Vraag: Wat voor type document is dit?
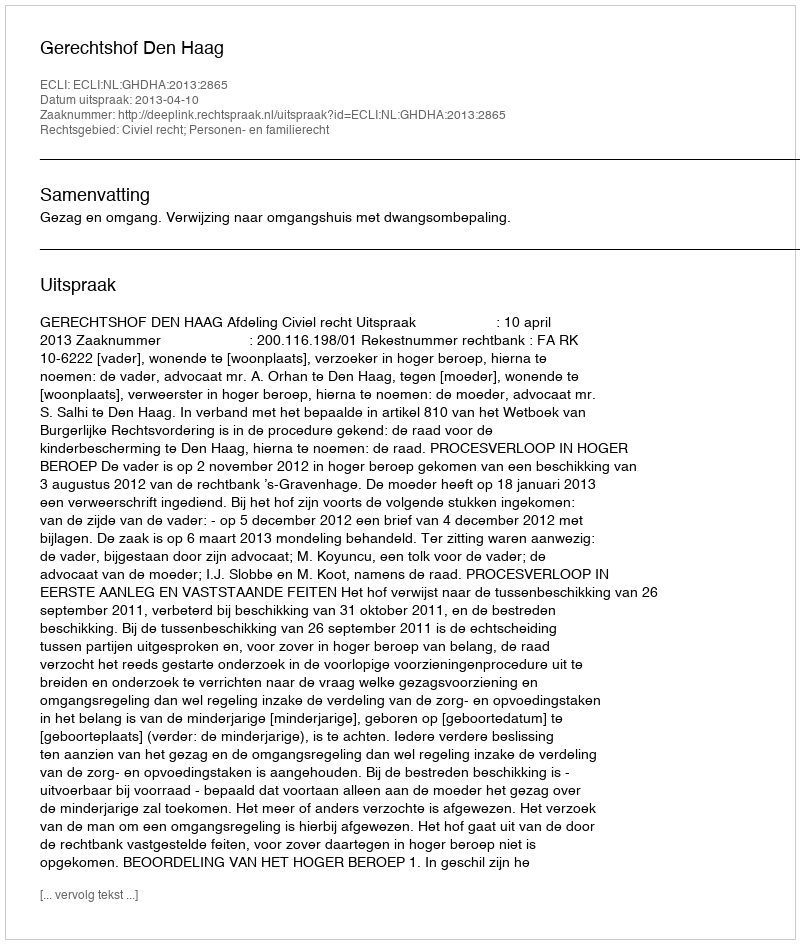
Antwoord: Uitspraak